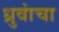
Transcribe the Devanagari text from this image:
ध्रुवांचा